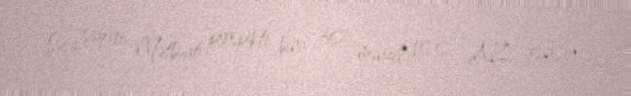
Şuşa şəhəri, Mətbuat prospekti, bina 30, mənzil 100, AZ 5809